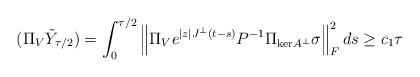
\begin{align*}\begin{aligned}(\Pi_V \tilde{Y}_{\tau/2}) &= \int_0^{\tau/2} \left\| \Pi_V e^{|z| J^\perp (t-s)}P^{-1}\Pi_{\mathrm{ker}A^\perp} \sigma \right\|_F^2 ds \ge c_1 \tau\end{aligned}\end{align*}